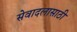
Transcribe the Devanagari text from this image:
सेवादलासाठी